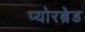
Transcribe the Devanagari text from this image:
प्योरब्रेड